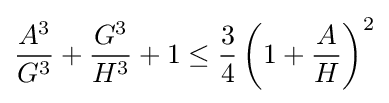
{\frac {A^{3}}{G^{3}}}+{\frac {G^{3}}{H^{3}}}+1\leq {\frac {3}{4}}\left(1+{\frac {A}{H}}\right)^{2}